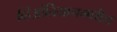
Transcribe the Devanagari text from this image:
व्हिआंतियानमधील